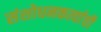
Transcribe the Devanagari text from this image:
संशोधनकर्त्याची